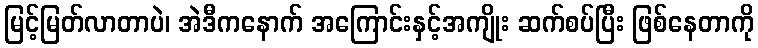
မြင့်မြတ်လာတာပဲ၊ အဲဒီကနောက် အကြောင်းနှင့်အကျိုး ဆက်စပ်ပြီး ဖြစ်နေတာကို